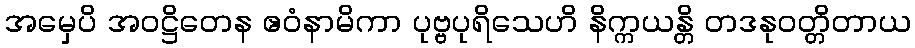
အမှေပိ အဝဋ္ဌိတေန ဧဝံနာမိကာ ပုဗ္ဗပုရိသေဟိ နိက္ကယန္တိ တဒနုဝတ္တိတာယ